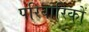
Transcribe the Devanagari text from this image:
परिवारिकों